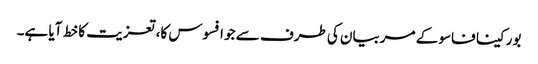
بورکینا فاسو کے مربیان کی طرف سے جو افسوس کا، تعزیت کا خط آیا ہے۔